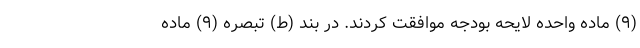
(۹) ماده واحده لایحه بودجه موافقت کردند. در بند (ط) تبصره (۹) ماده